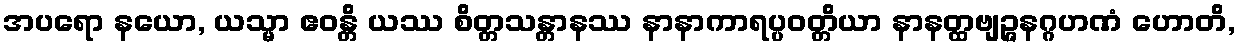
အပရော နယော, ယသ္မာ ဧဝန္တိ ယဿ စိတ္တသန္တာနဿ နာနာကာရပ္ပဝတ္တိယာ နာနတ္ထဗျဉ္ဇနဂ္ဂဟဏံ ဟောတိ,